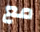
مع